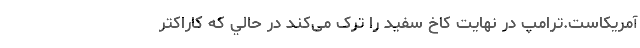
آمريكاست.ترامپ در نهایت کاخ سفید را ترک می‌کند در حالي که كاراكتر